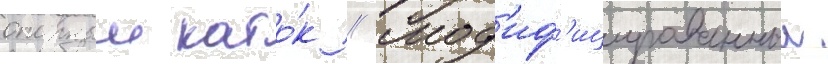
опорныи като́к // Мод'иф'ицированныи